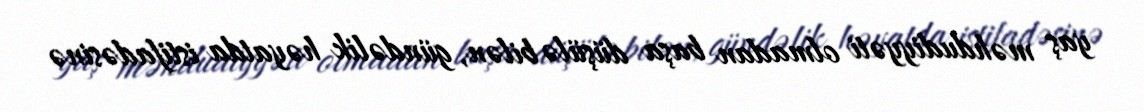
yaş məhdudiyyəti olmadan başa düşülə bilən, gündəlik həyatda istifadəsinə